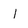
Character: l